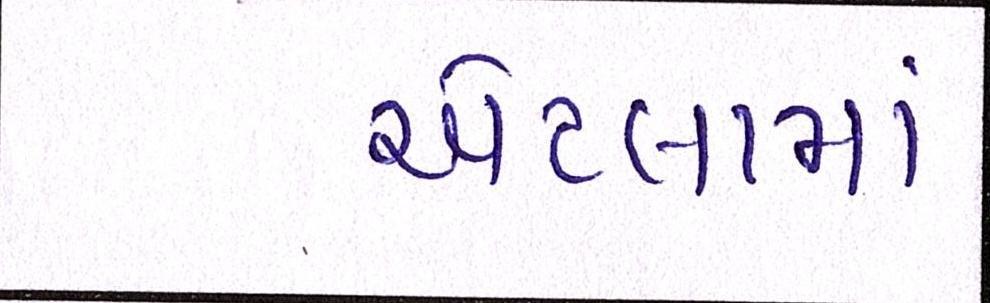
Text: એટલામાં